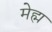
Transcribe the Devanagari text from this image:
मेह्म